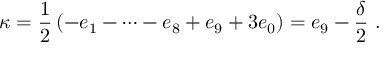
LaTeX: \kappa = \frac { 1 } { 2 } \left( - e _ { 1 } - \dots - e _ { 8 } + e _ { 9 } + 3 e _ { 0 } \right) = e _ { 9 } - \frac { \delta } { 2 } \ .